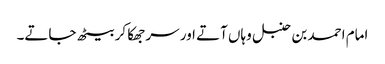
امام احمد بن حنبل وہاں آتے اور سر جھکا کر بیٹھ جاتے۔